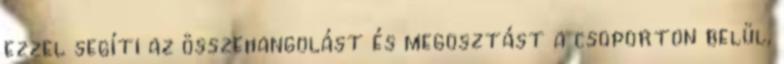
ezzel segíti az összehangolást és megosztást a csoporton belül,